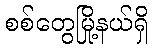
စစ်တွေမြို့နယ်ရှိ